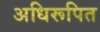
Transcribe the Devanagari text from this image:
अधिरूपित